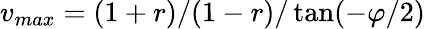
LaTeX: v_{max}=(1+r)/(1-r)/\tan(-\varphi/2)